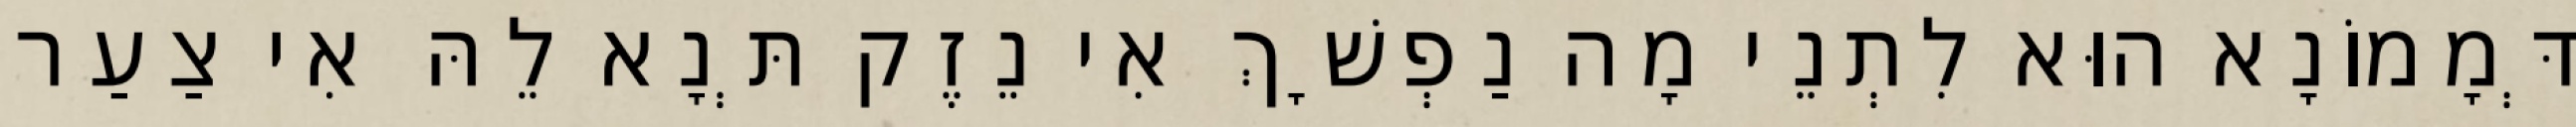
דְּמָמוֹנָא הוּא לִתְנֵי מָה נַפְשָׁךְ אִי נֵזֶק תְּנָא לֵהּ אִי צַעַר